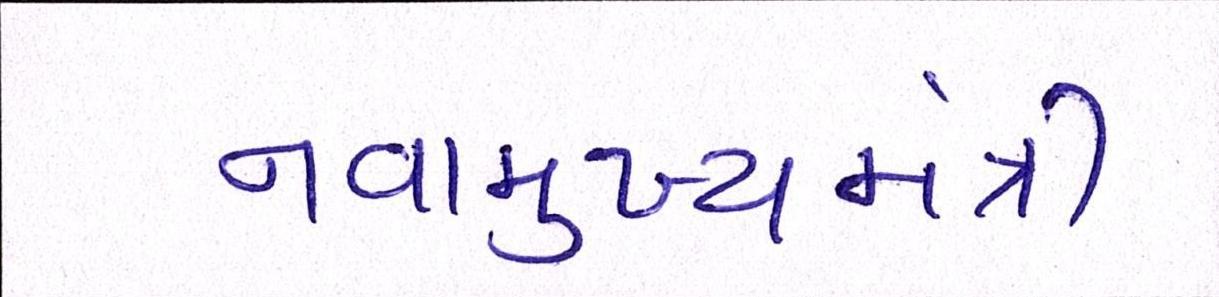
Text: નવામુખ્યમંત્રી